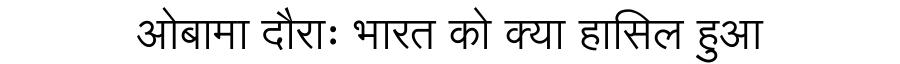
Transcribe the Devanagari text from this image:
ओबामा दौराः भारत को क्या हासिल हुआ